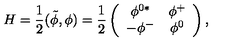
H = \frac { 1 } { 2 } ( \tilde { \phi } , \phi ) = \frac { 1 } { 2 } \left( \begin{array} { c c } { \phi ^ { 0 * } } & { \phi ^ { + } } \\ { - \phi ^ { - } } & { \phi ^ { 0 } } \\ \end{array} \right) ,